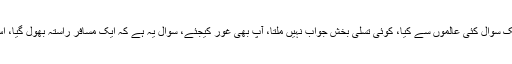
دہلی کا ریزیڈنٹ شاہ صاحب سے ملنے آیا اور باتوں باتوں میں کہنے لگا، جناب میں نے ایک سوال کئی عالموں سے کیا، کوئی تسلی بخش جواب نہیں ملتا، آپ بھی غور کیجئے، سوال یہ ہے کہ ایک مسافر راستہ بھول گیا، اس نے دیکھا کہ ایک شخص سامنے پڑا سو رہا ہے اور ایک شخص اس کے برابر بیٹھا ہے۔